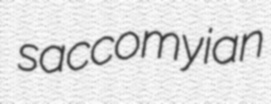
saccomyian